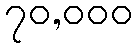
၇၀,၀၀၀